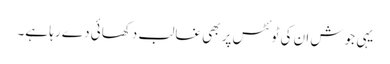
یہی جوش ان کی ٹوئٹس پر بھی غالب دکھائی دے رہا ہے۔